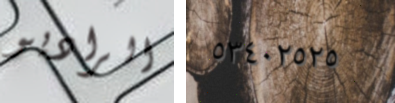
الراديو ٥٣٤٠٢٥٢٥